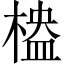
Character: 𣖮